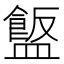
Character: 𪾗